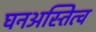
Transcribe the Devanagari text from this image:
घनअस्तित्व